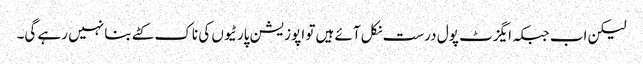
لیکن اب جبکہ ایگزٹ پول درست نکل آئے ہیں تو اپوزیشن پارٹیوں کی ناک کٹے بنا نہیں رہے گی۔